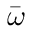
\bar { \boldsymbol { \omega } }